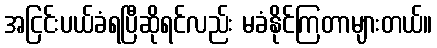
အငြင်းပယ်ခံရပြီဆိုရင်လည်း မခံနိုင်ကြတာများတယ်။